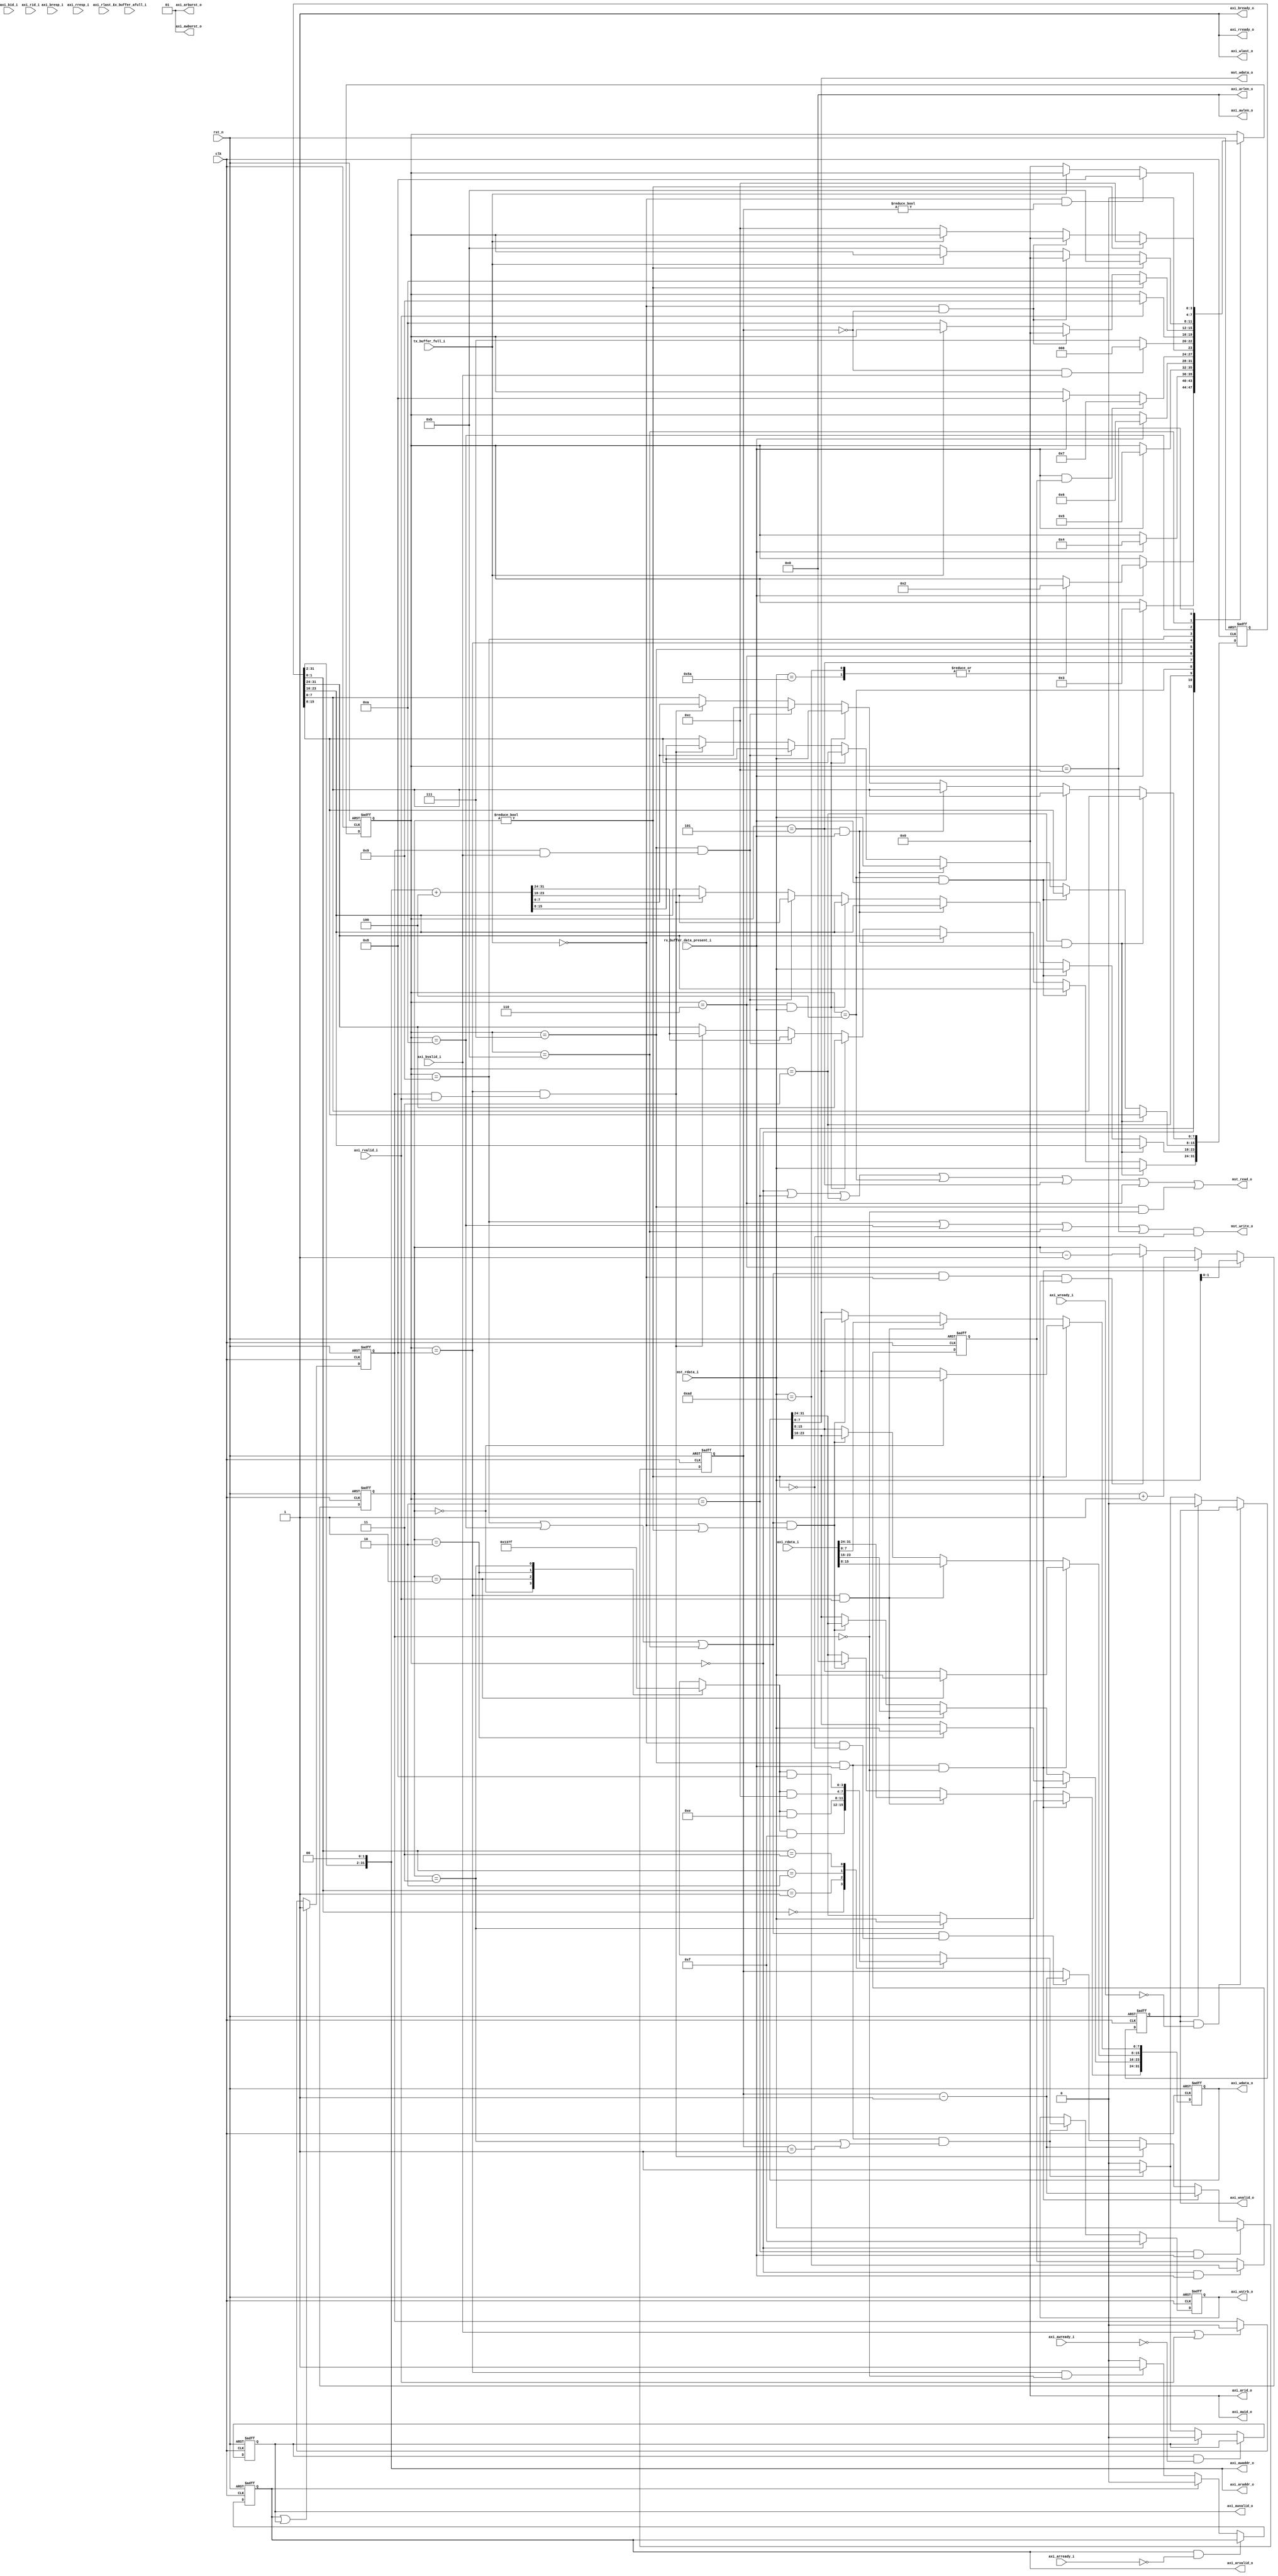
/*+
 * Copyright (c) 2022-2024 Zhengde
 * 
 * All rights reserved.
 * 
 * Redistribution and use in source and binary forms, with or without
 * modification, are permitted provided that the following conditions are met:
 * 
 * 1 Redistributions of source code must retain the above copyright notice, this
 *   list of conditions and the following disclaimer.
 * 
 * 2 Redistributions in binary form must reproduce the above copyright notice,
 *   this list of conditions and the following disclaimer in the documentation
 *   and/or other materials provided with the distribution.
 * 
 * 3 Neither the name of the copyright holder nor the names of its
 *   contributors may be used to endorse or promote products derived from
 *   this software without specific prior written permission.
 * 
 * THIS SOFTWARE IS PROVIDED BY THE COPYRIGHT HOLDERS AND CONTRIBUTORS "AS IS"
 * AND ANY EXPRESS OR IMPLIED WARRANTIES, INCLUDING, BUT NOT LIMITED TO, THE
 * IMPLIED WARRANTIES OF MERCHANTABILITY AND FITNESS FOR A PARTICULAR PURPOSE ARE
 * DISCLAIMED. IN NO EVENT SHALL THE COPYRIGHT HOLDER OR CONTRIBUTORS BE LIABLE
 * FOR ANY DIRECT, INDIRECT, INCIDENTAL, SPECIAL, EXEMPLARY, OR CONSEQUENTIAL
 * DAMAGES (INCLUDING, BUT NOT LIMITED TO, PROCUREMENT OF SUBSTITUTE GOODS OR
 * SERVICES; LOSS OF USE, DATA, OR PROFITS; OR BUSINESS INTERRUPTION) HOWEVER
 * CAUSED AND ON ANY THEORY OF LIABILITY, WHETHER IN CONTRACT, STRICT LIABILITY,
 * OR TORT (INCLUDING NEGLIGENCE OR OTHERWISE) ARISING IN ANY WAY OUT OF THE USE
 * OF THIS SOFTWARE, EVEN IF ADVISED OF THE POSSIBILITY OF SUCH DAMAGE.
-*/

/*+
 * UART COMMAND in RX buffer
 * cmd[0] = REQ_WRITE/REQ_READ
 * cmd[1] = len           //length in bytes
 * cmd[2] = addr[31:24]
 * cmd[3] = addr[23:16] 
 * cmd[4] = addr[15: 8]
 * cmd[5] = addr[ 7: 0]
 * DATA in RX / TX buffer
 * data0[ 7: 0]
 * data0[15: 8]
 * data0[23:16]
 * data0[31:24]
 * data1[ 7: 0]
 * ......
 * address in big endian, data in little endian
 * Using single beat AXI transfer only
 * can be converted to AXI-lite simply
-*/

module uart_axi_mst 
//-----------------------------------------------------------------
// Params
//-----------------------------------------------------------------
#(
    parameter AXI_ID = 4'd0
)
//-----------------------------------------------------------------
// Ports
//-----------------------------------------------------------------
(
    input           clk     ,
    input           rst_n   ,      

    // AXI4 bus master interface
    output          axi_awvalid_o ,  
    output [ 31:0]  axi_awaddr_o  ,   
    output [  3:0]  axi_awid_o    ,   
    output [  7:0]  axi_awlen_o   ,   
    output [  1:0]  axi_awburst_o ,  
    output          axi_wvalid_o  ,   
    output [ 31:0]  axi_wdata_o   ,  
    output [  3:0]  axi_wstrb_o   ,  
    output          axi_wlast_o   ,  
    output          axi_bready_o  ,   
    output          axi_arvalid_o ,    
    output [ 31:0]  axi_araddr_o  ,   
    output [  3:0]  axi_arid_o    ,   
    output [  7:0]  axi_arlen_o   ,  
    output [  1:0]  axi_arburst_o ,    
    output          axi_rready_o  ,   

    input           axi_awready_i ,   
    input           axi_wready_i  ,  
    input           axi_bvalid_i  ,  
    input  [  1:0]  axi_bresp_i   , 
    input  [  3:0]  axi_bid_i     ,
    input           axi_arready_i ,   
    input           axi_rvalid_i  ,  
    input  [ 31:0]  axi_rdata_i   , 
    input  [  1:0]  axi_rresp_i   , 
    input  [  3:0]  axi_rid_i     , 
    input           axi_rlast_i   , 

    // uart rx interface
    input  [  7:0] mst_rdata_i    ,
    output         mst_read_o     ,
    input          rx_buffer_data_present_i ,
    
    // uart tx interface
    output [  7:0] mst_wdata_o       ,
    output         mst_write_o       ,      
    input          tx_buffer_full_i  ,
    input          tx_buffer_afull_i 
);

    //-----------------------------------------------------------------
    // Defines
    //-----------------------------------------------------------------
    localparam REQ_WRITE        = 8'had;
    localparam REQ_READ         = 8'h5a;
    
    localparam STATE_IDLE       = 4'd0;
    localparam STATE_LEN        = 4'd2;
    localparam STATE_ADDR0      = 4'd3;
    localparam STATE_ADDR1      = 4'd4;
    localparam STATE_ADDR2      = 4'd5;
    localparam STATE_ADDR3      = 4'd6;
    localparam STATE_WRITE      = 4'd7;
    localparam STATE_READ       = 4'd8;
    localparam STATE_DATA0      = 4'd9;
    localparam STATE_DATA1      = 4'd10;
    localparam STATE_DATA2      = 4'd11;
    localparam STATE_DATA3      = 4'd12;

    //-----------------------------------------------------------------
    // Wires / Regs
    //-----------------------------------------------------------------
    wire       tx_valid_w;
    wire [7:0] tx_data_w;
    wire       tx_accept_w;
    wire       read_skip_w;
    
    wire       rx_valid_w;
    wire [7:0] rx_data_w;
    wire       rx_accept_w;
    
    reg [31:0] axi_addr_q;
    reg        axi_busy_q;
    reg        axi_wr_q;
    
    reg [7:0]  len_q;
    // Byte Index
    reg [1:0]  data_idx_q;
    // Word storage
    reg [31:0] data_q;

    // UART TX interface
    assign mst_write_o = tx_valid_w;
    assign mst_wdata_o = tx_data_w ;
    assign tx_accept_w = !tx_buffer_full_i;

    // UART RX interface
    assign rx_valid_w = rx_buffer_data_present_i; 
    assign mst_read_o = rx_accept_w;
    assign rx_data_w  = mst_rdata_i;

    //-----------------------------------------------------------------
    // States
    //-----------------------------------------------------------------
    reg [ 3:0] state_q;
    reg [ 3:0] next_state_r;

    // Next state logics
    always @(*) begin
        next_state_r = state_q;
    
        case (next_state_r)
        //-------------------------------------------------------------
        // IDLE:
        //-------------------------------------------------------------
        STATE_IDLE:
        begin
            if (rx_valid_w)
            begin
                case (rx_data_w)
                REQ_WRITE,
                REQ_READ:
                    next_state_r = STATE_LEN;
                default:
                    ;
                endcase
            end
        end
        //-----------------------------------------
        // STATE_LEN
        //-----------------------------------------
        STATE_LEN :
        begin
            if (rx_valid_w)
                next_state_r  = STATE_ADDR0;
        end
        //-----------------------------------------
        // STATE_ADDR
        //-----------------------------------------
        STATE_ADDR0 : if (rx_valid_w) next_state_r  = STATE_ADDR1;
        STATE_ADDR1 : if (rx_valid_w) next_state_r  = STATE_ADDR2;
        STATE_ADDR2 : if (rx_valid_w) next_state_r  = STATE_ADDR3;
        STATE_ADDR3 :
        begin
            if (rx_valid_w && axi_wr_q) 
                next_state_r  = STATE_WRITE;
            else if (rx_valid_w) 
                next_state_r  = STATE_READ;            
        end
        //-----------------------------------------
        // STATE_WRITE
        //-----------------------------------------
        STATE_WRITE :
        begin
            if (len_q == 8'b0 && (axi_bvalid_i))
                next_state_r  = STATE_IDLE;
            else
                next_state_r  = STATE_WRITE;
        end
        //-----------------------------------------
        // STATE_READ
        //-----------------------------------------
        STATE_READ :
        begin
            // Data ready
            if (axi_rvalid_i)
                next_state_r  = STATE_DATA0;
        end
        //-----------------------------------------
        // STATE_DATA
        //-----------------------------------------
        STATE_DATA0 :
        begin
            if (read_skip_w)
                next_state_r  = STATE_DATA1;
            else if (tx_accept_w && (len_q == 8'b0))
                next_state_r  = STATE_IDLE;
            else if (tx_accept_w)
                next_state_r  = STATE_DATA1;
        end
        STATE_DATA1 :
        begin
            if (read_skip_w)
                next_state_r  = STATE_DATA2;
            else if (tx_accept_w && (len_q == 8'b0))
                next_state_r  = STATE_IDLE;
            else if (tx_accept_w)
                next_state_r  = STATE_DATA2;
        end
        STATE_DATA2 :
        begin
            if (read_skip_w)
                next_state_r  = STATE_DATA3;
            else if (tx_accept_w && (len_q == 8'b0))
                next_state_r  = STATE_IDLE;
            else if (tx_accept_w)
                next_state_r  = STATE_DATA3;
        end
        STATE_DATA3 :
        begin
            if (tx_accept_w && (len_q != 8'b0))
                next_state_r  = STATE_READ;
            else if (tx_accept_w)
                next_state_r  = STATE_IDLE;
        end
        default:
            ;
        endcase
    end

    // State switch
    always @(posedge clk or negedge rst_n) begin
        if (!rst_n)
            state_q <= STATE_IDLE;
        else
            state_q <= next_state_r;
    end

    //-----------------------------------------------------------------
    // RD/WR to and from UART
    //-----------------------------------------------------------------
    
    // Write to UART Tx buffer in the following states
    assign tx_valid_w = ((state_q == STATE_DATA0) |
                         (state_q == STATE_DATA1) |
                         (state_q == STATE_DATA2) |
                         (state_q == STATE_DATA3)) && !read_skip_w;
    
    // Accept data in the following states
    assign rx_accept_w = (state_q == STATE_IDLE)  |
                         (state_q == STATE_LEN)   |
                         (state_q == STATE_ADDR0) |
                         (state_q == STATE_ADDR1) |
                         (state_q == STATE_ADDR2) |
                         (state_q == STATE_ADDR3) |
                         (state_q == STATE_WRITE && !axi_busy_q);

    //-----------------------------------------------------------------
    // Capture length
    //-----------------------------------------------------------------
    always @(posedge clk or negedge rst_n) begin
        if (!rst_n)
            len_q       <= 8'd0;
        else if (state_q == STATE_LEN && rx_valid_w)
            len_q[7:0]  <= rx_data_w;
        else if (state_q == STATE_WRITE && rx_valid_w && !axi_busy_q)
            len_q       <= len_q - 8'd1;
        else if (state_q == STATE_READ && (axi_busy_q && axi_rvalid_i))
            len_q       <= len_q - 8'd1;
        else if (((state_q == STATE_DATA0) || (state_q == STATE_DATA1) || (state_q == STATE_DATA2)) && (tx_accept_w && !read_skip_w))
            len_q       <= len_q - 8'd1;
    end

    
    //-----------------------------------------------------------------
    // Capture address
    //-----------------------------------------------------------------
    always @(posedge clk or negedge rst_n) begin
        if (!rst_n)
            axi_addr_q        <= 'd0;
        else if (state_q == STATE_ADDR0 && rx_valid_w)
            axi_addr_q[31:24] <= rx_data_w;
        else if (state_q == STATE_ADDR1 && rx_valid_w)
            axi_addr_q[23:16] <= rx_data_w;
        else if (state_q == STATE_ADDR2 && rx_valid_w)
            axi_addr_q[15:8]  <= rx_data_w;
        else if (state_q == STATE_ADDR3 && rx_valid_w)
            axi_addr_q[7:0]   <= rx_data_w;
        // Address increment on every access issued
        else if (state_q == STATE_WRITE && (axi_busy_q && axi_bvalid_i))
            axi_addr_q        <= {axi_addr_q[31:2], 2'b0} + 'd4;
        else if (state_q == STATE_READ && (axi_busy_q && axi_rvalid_i))
            axi_addr_q        <= {axi_addr_q[31:2], 2'b0} + 'd4;
    end
        
    //-----------------------------------------------------------------
    // Data Index
    //-----------------------------------------------------------------
    always @(posedge clk or negedge rst_n) begin
        if (!rst_n)
            data_idx_q <= 2'b0;
        else if (state_q == STATE_ADDR3)
            data_idx_q <= rx_data_w[1:0];
        else if (state_q == STATE_WRITE && rx_valid_w && !axi_busy_q)
            data_idx_q <= data_idx_q + 2'd1;
        else if (((state_q == STATE_DATA0) || (state_q == STATE_DATA1) || (state_q == STATE_DATA2)) && tx_accept_w && (data_idx_q != 2'b0))
            data_idx_q <= data_idx_q - 2'd1;
    end
    
    assign read_skip_w = (data_idx_q != 2'b0);

    //-----------------------------------------------------------------
    // Data Sample
    //-----------------------------------------------------------------
    always @(posedge clk or negedge rst_n) begin
        if (!rst_n)
            data_q <= 32'b0;
        // Write to AXI memory/register
        else if (state_q == STATE_WRITE && rx_valid_w && !axi_busy_q)
        begin
            case (data_idx_q)
                2'd0: data_q[7:0]   <= rx_data_w;
                2'd1: data_q[15:8]  <= rx_data_w;
                2'd2: data_q[23:16] <= rx_data_w;
                2'd3: data_q[31:24] <= rx_data_w;
            endcase  
        end
        // Read from AXI memory/register
        else if (state_q == STATE_READ && axi_rvalid_i)
            data_q <= axi_rdata_i;
        // Shift data out (read response -> UART)
        else if (((state_q == STATE_DATA0) || (state_q == STATE_DATA1) || (state_q == STATE_DATA2)) && (tx_accept_w || read_skip_w))
            data_q <= {8'b0, data_q[31:8]};
    end

    assign tx_data_w   = data_q[7:0];                  
    assign axi_wdata_o = data_q;

    //-----------------------------------------------------------------
    // AXI: Write Request
    //-----------------------------------------------------------------
    reg axi_awvalid_q;
    reg axi_awvalid_r;
    
    reg axi_wvalid_q;
    reg axi_wvalid_r;
    
    always @(*) begin
        axi_awvalid_r = 1'b0;
        axi_wvalid_r  = 1'b0;
    
        // Hold
        if (axi_awvalid_o && !axi_awready_i)
            axi_awvalid_r = axi_awvalid_q;
        else if (axi_awvalid_o)
            axi_awvalid_r = 1'b0;
        // Every 4th byte, issue bus access
        else if (state_q == STATE_WRITE && rx_valid_w && (data_idx_q == 2'd3 || len_q == 1))
            axi_awvalid_r = 1'b1;
    
        // Hold
        if (axi_wvalid_o && !axi_wready_i)
            axi_wvalid_r = axi_wvalid_q;
        else if (axi_wvalid_o)
            axi_wvalid_r = 1'b0;
        // Every 4th byte, issue bus access
        else if (state_q == STATE_WRITE && rx_valid_w && (data_idx_q == 2'd3 || len_q == 1))
            axi_wvalid_r = 1'b1;
    end

    always @(posedge clk or negedge rst_n) begin
        if (!rst_n)
        begin
            axi_awvalid_q <= 1'b0;
            axi_wvalid_q  <= 1'b0;
        end
        else
        begin
            axi_awvalid_q <= axi_awvalid_r;
            axi_wvalid_q  <= axi_wvalid_r;
        end
    end
    
    assign axi_awvalid_o = axi_awvalid_q;
    assign axi_wvalid_o  = axi_wvalid_q;
    assign axi_awaddr_o  = {axi_addr_q[31:2], 2'b0};
    assign axi_awid_o    = AXI_ID;
    assign axi_awlen_o   = 8'b0;
    assign axi_awburst_o = 2'b01;
    assign axi_wlast_o   = 1'b1;
    
    assign axi_bready_o  = 1'b1;

    //-----------------------------------------------------------------
    // AXI: Read Request
    //-----------------------------------------------------------------
    reg axi_arvalid_q;
    reg axi_arvalid_r;
    
    always @(*) begin
        axi_arvalid_r = 1'b0;
    
        // Hold
        if (axi_arvalid_o && !axi_arready_i)
            axi_arvalid_r = axi_arvalid_q;
        else if (axi_arvalid_o)
            axi_arvalid_r = 1'b0;
        else if (state_q == STATE_READ && !axi_busy_q)
            axi_arvalid_r = 1'b1;
    end
    
    always @(posedge clk or negedge rst_n)
    if (!rst_n)
        axi_arvalid_q <= 1'b0;
    else
        axi_arvalid_q <= axi_arvalid_r;
    
    assign axi_arvalid_o = axi_arvalid_q;
    assign axi_araddr_o  = {axi_addr_q[31:2], 2'b0};
    assign axi_arid_o    = AXI_ID;
    assign axi_arlen_o   = 8'b0;
    assign axi_arburst_o = 2'b01;
    
    assign axi_rready_o  = 1'b1;

    //-----------------------------------------------------------------
    // Write mask
    //-----------------------------------------------------------------
    reg [3:0] axi_sel_q;
    reg [3:0] axi_sel_r;
    
    always @(*) begin
        axi_sel_r = 4'b1111;
    
        case (data_idx_q)
            2'd0: axi_sel_r = 4'b0001;
            2'd1: axi_sel_r = 4'b0011;
            2'd2: axi_sel_r = 4'b0111;
            2'd3: axi_sel_r = 4'b1111;
        endcase
    
        case (axi_addr_q[1:0])
            2'd0: axi_sel_r = axi_sel_r & 4'b1111;
            2'd1: axi_sel_r = axi_sel_r & 4'b1110;
            2'd2: axi_sel_r = axi_sel_r & 4'b1100;
            2'd3: axi_sel_r = axi_sel_r & 4'b1000;
        endcase
    end
    
    always @(posedge clk or negedge rst_n) begin
        if (!rst_n)
            axi_sel_q    <= 4'b0;
        // Idle - reset for read requests
        else if (state_q == STATE_IDLE)
            axi_sel_q   <= 4'b1111;
        // Every 4th byte, issue bus access
        else if (state_q == STATE_WRITE && rx_valid_w && (data_idx_q == 2'd3 || len_q == 8'd1))
            axi_sel_q   <= axi_sel_r;
    end
    
    assign axi_wstrb_o  = axi_sel_q;

    //-----------------------------------------------------------------
    // Write enable
    //-----------------------------------------------------------------
    always @(posedge clk or negedge rst_n) begin
        if (!rst_n)
            axi_wr_q    <= 1'b0;
        else if (state_q == STATE_IDLE && rx_valid_w)
            axi_wr_q    <= (rx_data_w == REQ_WRITE);
    end

    //-----------------------------------------------------------------
    // Access in progress
    //-----------------------------------------------------------------
    always @(posedge clk or negedge rst_n) begin
        if (!rst_n == 1'b1)
            axi_busy_q <= 1'b0;
        else if (axi_arvalid_o || axi_awvalid_o)
            axi_busy_q <= 1'b1;
        else if (axi_bvalid_i || axi_rvalid_i)
            axi_busy_q <= 1'b0;
    end

endmodule